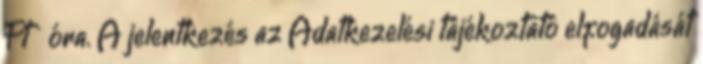
Ft óra. A jelentkezés az Adatkezelési tájékoztató elfogadását